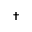
\dagger